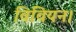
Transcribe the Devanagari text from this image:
विवियन।